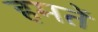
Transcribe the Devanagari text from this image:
हमतें